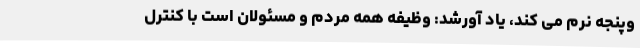
وپنجه نرم می کند، یاد آورشد: وظیفه همه مردم و مسئولان است با کنترل